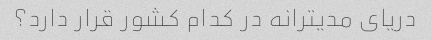
دریای مدیترانه در کدام کشور قرار دارد؟